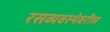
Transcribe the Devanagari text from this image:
रसव्यवस्थेवरील